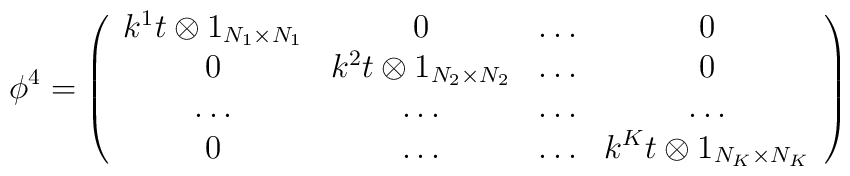
\phi ^4= \left( \begin{array}{cccc} k^1t \otimes 1_{N_1 \times N_1} & 0 & \dots & 0 \\0 & k^2t\otimes 1_{N_2 \times N_2 } & \dots & 0 \\\dots & \dots & \dots & \dots \\0 & \dots & \dots & k^Kt \otimes 1_{N_K \times N_K }\end{array} \right)